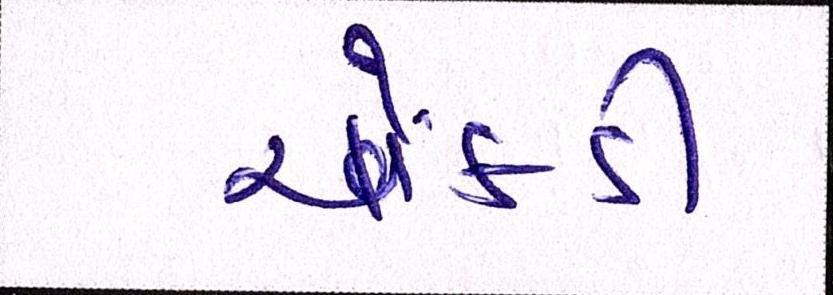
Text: ચોકડી